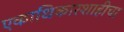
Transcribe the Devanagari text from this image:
एकाधिकारशाहीचा